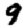
Digit: 9